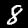
Label: 8